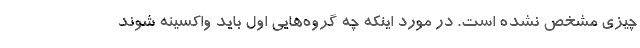
چیزی مشخص نشده است. در مورد اینکه چه گروه‌هایی اول باید واکسینه شوند